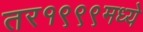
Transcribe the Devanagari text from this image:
तर१९९९मध्ये